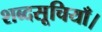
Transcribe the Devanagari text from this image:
शब्दसूचियाँ।